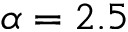
\alpha = 2 . 5